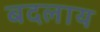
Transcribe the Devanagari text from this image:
बदलाय